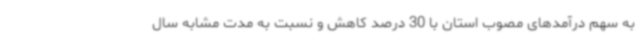
به سهم درآمدهای مصوب استان با 30 درصد کاهش و نسبت به مدت مشابه سال